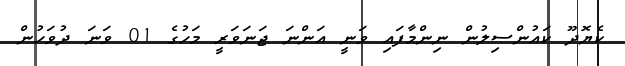
ކެޔޮދޫ ކައުންސިލުން ނިންމާފައި ވަނީ އަންނަ ޖަނަވަރީ މަހުގެ 01 ވަނަ ދުވަހުން